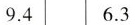
9.4 6.3